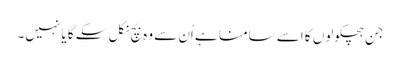
جن ہچکولوں کا اسے سامنا ہے اُن سے وہ بچ نکل سکے گا یا نہیں۔